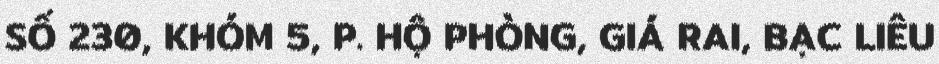
SỐ 230, KHÓM 5, P. HỘ PHÒNG, GIÁ RAI, BẠC LIÊU